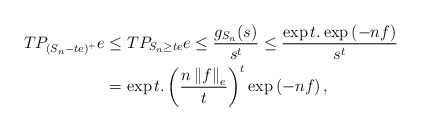
\begin{align*}TP_{\left( S_{n}-te\right) ^{+}}e & \leq TP_{S_{n}\geq te}e\leq\dfrac{g_{S_{n}}(s)}{s^{t}}\leq\dfrac{\exp t.\exp\left( -nf\right) }{s^{t}}\\& =\exp t.\left( \frac{n\left\Vert f\right\Vert _{e}}{t}\right) ^{t}\exp\left( -nf\right) ,\end{align*}